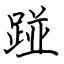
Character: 踫